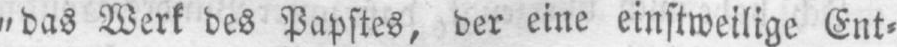
„das Werk des Papstes, der eine einstweilige Ent⸗